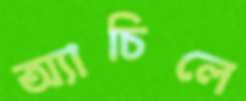
অ্যাচিলে